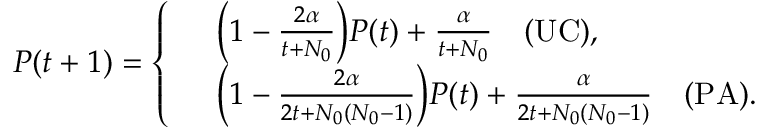
P ( t + 1 ) = \left\{ \begin{array} { r l } & { \Big ( 1 - \frac { 2 \alpha } { t + N _ { 0 } } \Big ) P ( t ) + \frac { \alpha } { t + N _ { 0 } } \quad \mathrm { ( U C ) } , } \\ & { \Big ( 1 - \frac { 2 \alpha } { 2 t + N _ { 0 } ( N _ { 0 } - 1 ) } \Big ) P ( t ) + \frac { \alpha } { 2 t + N _ { 0 } ( N _ { 0 } - 1 ) } \quad \mathrm { ( P A ) } . } \end{array} \right.